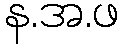
န.အ.ဖ